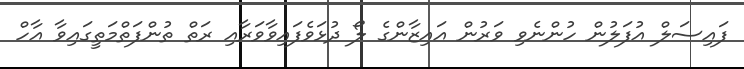
ފައިސަލް އުފަލުން ހުންނެވި ވަރުން އައިޒާންގެ ލޯ ދުޅަވެފައިވާވަރާއި ރަތް ތުންފަތްމަތީގައިވާ އާހް